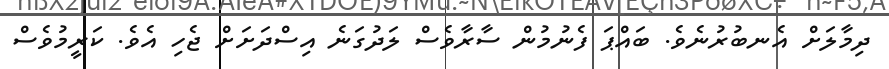
ދިމާލަށް އެނބުރުނެވެ. ބައްޕަ ފެނުމުން ސާރާވެސް ލަދުގަނެ އިސްދަށަށް ޖެހި އެވެ. ކަރީމުވެސް